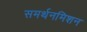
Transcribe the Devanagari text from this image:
समर्थनमिशन